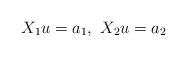
LaTeX: \begin{align*}X_1u=a_1,\ X_2u=a_2\end{align*}